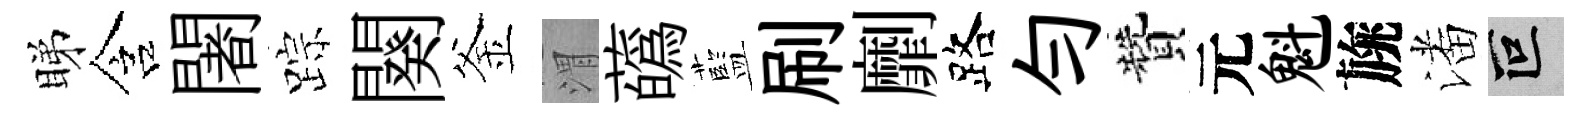
睇含闍踪闋釜渭蘤藍刷劘路匀贊元魁旐潘叵